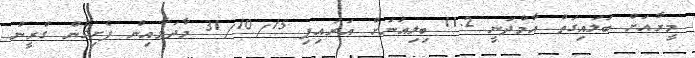
މީރާއަށް ބަލައިގަތް އާމްދަނީ 11.2 ބިލިއަނަށް އަރައިފި 31/10/15 މާދަމާއިން ފެށިގެން ގްރީން